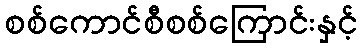
စစ်ကောင်စီစစ်ကြောင်းနှင့်